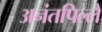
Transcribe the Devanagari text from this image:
अनंतपिल्लै